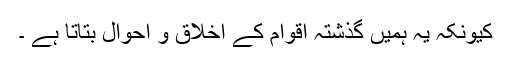
کیونکہ یہ ہمیں گذشتہ اقوام کے اخلاق و احوال بتاتا ہے ۔